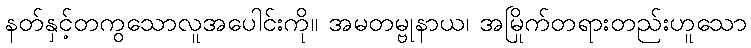
နတ်နှင့်တကွသောလူအပေါင်းကို။ အမတမ္ဗုနာယ၊ အမြိုက်တရားတည်းဟူသော